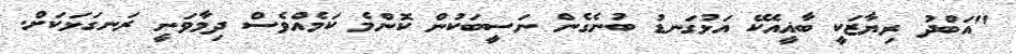
"އަބްދު ރިޔާޒަކީ ބާޣީއެކޭ އަޅުގަނޑު ބުނެގެން ނަސީބަކުން ކޮންމެ ކަމެއްވެސް ދިމާވަނީ ރަނގަޅަކަށް.